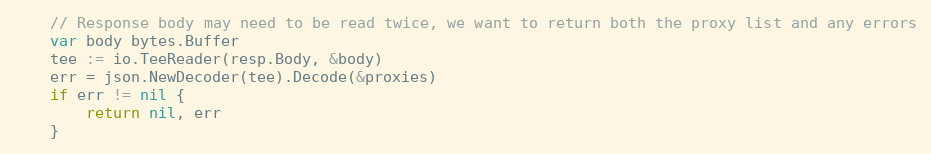
Language: Go
	// Response body may need to be read twice, we want to return both the proxy list and any errors
	var body bytes.Buffer
	tee := io.TeeReader(resp.Body, &body)
	err = json.NewDecoder(tee).Decode(&proxies)
	if err != nil {
		return nil, err
	}